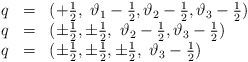
\begin{align*}\begin{array}{lll}q & = & (+\frac{1}{2},\, \, \vartheta _{1}-\frac{1}{2},\vartheta _{2}-\frac{1}{2},\vartheta _{3}-\frac{1}{2})\\q & = & (\pm \frac{1}{2},\pm \frac{1}{2},\, \, \vartheta _{2}-\frac{1}{2},\vartheta _{3}-\frac{1}{2})\\q & = & (\pm \frac{1}{2},\pm \frac{1}{2},\pm \frac{1}{2},\, \, \vartheta _{3}-\frac{1}{2})\end{array}\end{align*}